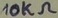
Text: 10kΩ